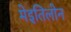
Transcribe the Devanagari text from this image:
मेइतिलोन